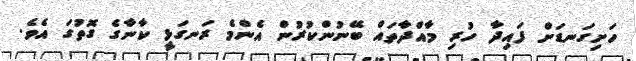
ހަށިގަނޑަށް ފައިދާ ހުރި މާއްދާތައް ބޭނުންކުރުން އެންމެ ރަނގަޅީ ކާނާގެ ގޮތުގަ އެވެ.